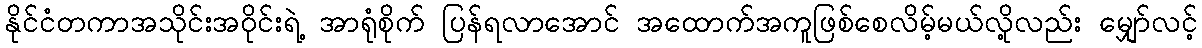
နိုင်ငံတကာအသိုင်းအဝိုင်းရဲ့ အာရုံစိုက် ပြန်ရလာအောင် အထောက်အကူဖြစ်စေလိမ့်မယ်လို့လည်း မျှော်လင့်